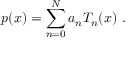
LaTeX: p ( x ) = \sum _ { n = 0 } ^ { N } a _ { n } T _ { n } ( x ) ~ .